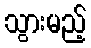
သွားမည့်